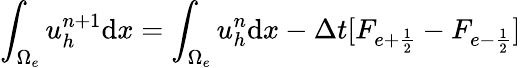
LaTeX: \int_{\Omega_{e}}u_{h}^{n+1}\textrm{d}x=\int_{\Omega_{e}}u_{h}^{n}\textrm{d}x-\Delta t[F_{e+\frac{1}{2}}-F_{e-\frac{1}{2}}]